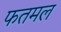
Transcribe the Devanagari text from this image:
फतमल